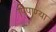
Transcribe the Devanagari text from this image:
पिपाण्या